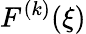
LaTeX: F^{(k)}(\xi)